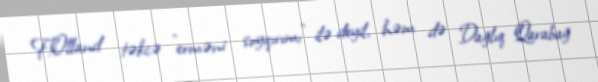
F.Olland təkcə ”erməni soyqırımı" ilə deyil, həm də Dağlıq Qarabağ